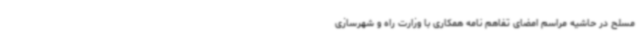
مسلح در حاشیه مراسم امضای تفاهم نامه همکاری با وزارت راه و شهرسازی